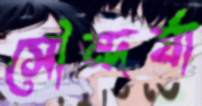
সৌন্দর্যা